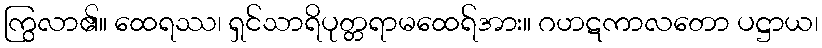
ကြွလာ၏။ ထေရဿ၊ ရှင်သာရိပုတ္တရာမထေရ်အား။ ဂဟဋကာလတော ပဋ္ဌာယ၊